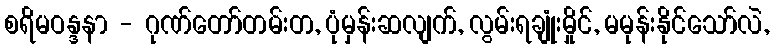
စရိမဝန္ဒနာ - ဂုဏ်တော်တမ်းတ, ပုံမှန်းဆလျက်, လွမ်းရချုံးမှိုင်, မမုန်းနိုင်သော်လဲ,